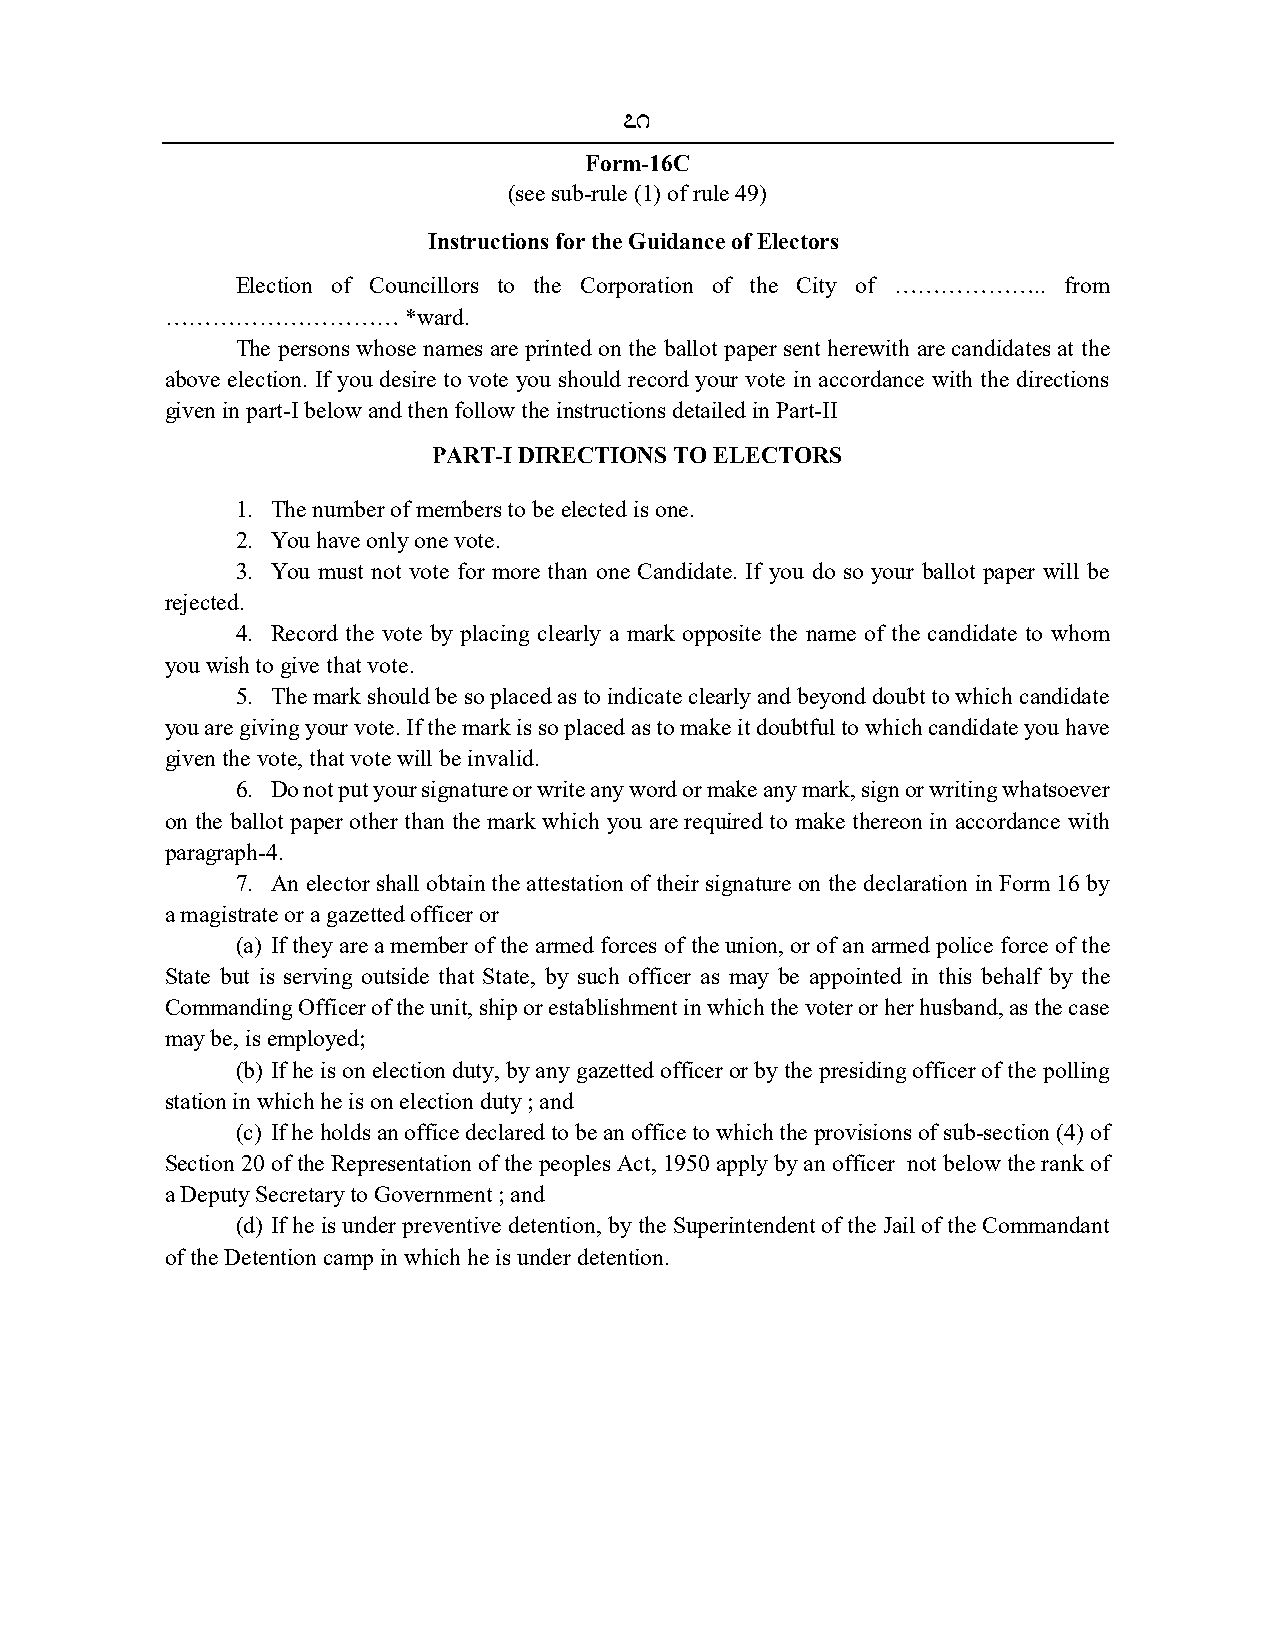
71
 Form-16C
 (see sub-rule (1) of rule 49)
 Instructions for the Guidance of Electors
 Election of Councillors to the Corporation of the City of ……………….. from
 …………………………      *ward.
 The persons whose names are printed on the ballot paper sent herewith are candidates at the
 above election. If you desire to vote you should record your vote in accordance with the directions
 given in part-I below and then follow the instructions detailed in Part-II
 PART-I DIRECTIONS TO ELECTORS
 1. The number of members to be elected is one.
 2. You have only one vote.
 3. You must not vote for more than one Candidate. If you do so your ballot paper will be
 rejected.
 4. Record the vote by placing clearly a mark opposite the name of the candidate to whom
 you wish to give that vote.
 5. The mark should be so placed as to indicate clearly and beyond doubt to which candidate
 you are giving your vote. If the mark is so placed as to make it doubtful to which candidate you have
 given the vote, that vote will be invalid.
 6. Do not put your signature or write any word or make any mark, sign or writing whatsoever
 on the ballot paper other than the mark which you are required to make thereon in accordance with
 paragraph-4.
 7. An elector shall obtain the attestation of their signature on the declaration in Form 16 by
 a magistrate or a gazetted officer or
 (a) If they are a member of the armed forces of the union, or of an armed police force of the
 State but is serving outside that State, by such officer as may be appointed in this behalf by the
 Commanding Officer of the unit, ship or establishment in which the voter or her husband, as the case
 may be, is employed;
 (b) If he is on election duty, by any gazetted officer or by the presiding officer of the polling
 station in which he is on election duty ; and
 (c) If he holds an office declared to be an office to which the provisions of sub-section (4) of
 Section 20 of the Representation of the peoples Act, 1950 apply by an officer not below the rank of
 a Deputy Secretary to Government ; and
 (d) If he is under preventive detention, by the Superintendent of the Jail of the Commandant
 of the Detention camp in which he is under detention.